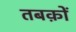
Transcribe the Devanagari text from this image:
तबक़ों